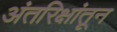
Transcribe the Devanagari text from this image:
अंतरिक्षांतून